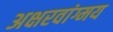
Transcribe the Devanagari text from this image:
अक्षरवांग्मय